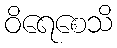
ဝိရေစေသိ